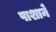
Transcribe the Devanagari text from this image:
पाशाने